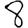
Digit: 8